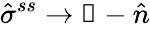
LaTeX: \hat{\sigma}^{ss}\rightarrow\mathbb{1}-\hat{n}